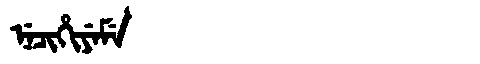
Manchu: ᠨᡝᠴᡳᡥᡳᠶᡝᠮᡝ
Romanization: NECIHIYEME